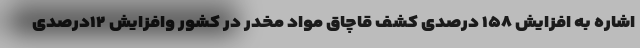
اشاره به افزایش ۱۵۸ درصدی کشف قاچاق مواد مخدر در کشور وافزایش ۱۲درصدی